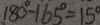
1 8 0 ^ { \circ } - 1 6 5 ^ { \circ } = 1 5 ^ { \circ }